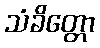
သံခိတ္တော